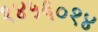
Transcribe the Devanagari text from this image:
१४५६०१४